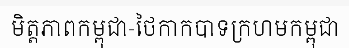
មិត្តភាពកម្ពុជា-ថៃកាកបាទក្រហមកម្ពុជា